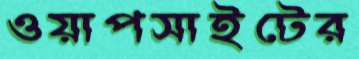
ওয়াপসাইটের